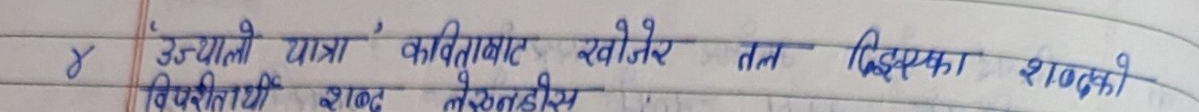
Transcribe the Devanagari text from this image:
४ उज्यालो यात्रा, कविताबाट खोजेर तल दिएका शब्दको
विपरीतार्थी शब्द लेखनहोस्।